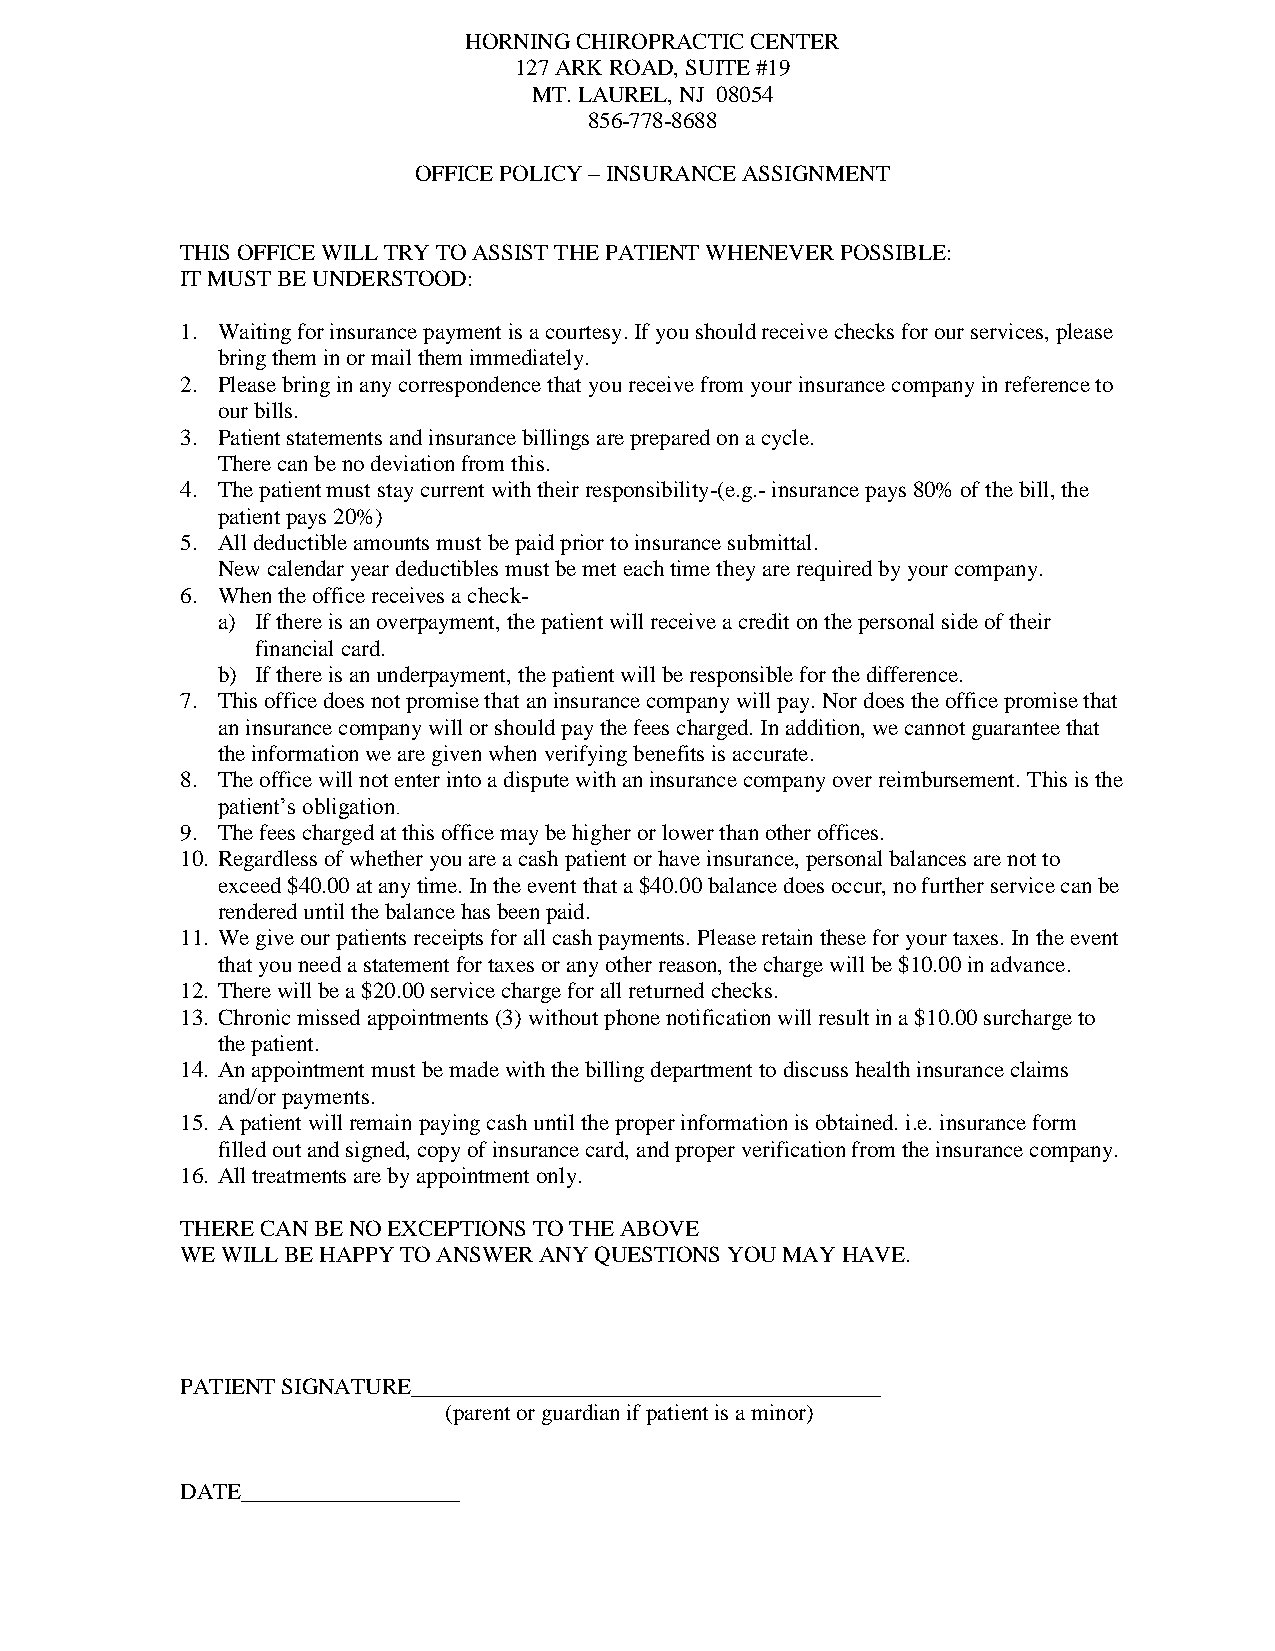
HORNING CHIROPRACTIC CENTER
 127 ARK ROAD, SUITE #19
 MT. LAUREL, NJ 08054
 856-778-8688
 OFFICE POLICY – INSURANCE ASSIGNMENT
 THIS OFFICE WILL TRY TO ASSIST THE PATIENT WHENEVER POSSIBLE:
 IT MUST BE UNDERSTOOD:
 1. Waiting for insurance payment is a courtesy. If you should receive checks for our services, please
 bring them in or mail them immediately.
 2. Please bring in any correspondence that you receive from your insurance company in reference to
 our bills.
 3. Patient statements and insurance billings are prepared on a cycle.
 There can be no deviation from this.
 4. The patient must stay current with their responsibility-(e.g.- insurance pays 80% of the bill, the
 patient pays 20%)
 5. All deductible amounts must be paid prior to insurance submittal.
 New calendar year deductibles must be met each time they are required by your company.
 6. When the office receives a check-
 a) If there is an overpayment, the patient will receive a credit on the personal side of their
 financial card.
 b) If there is an underpayment, the patient will be responsible for the difference.
 7. This office does not promise that an insurance company will pay. Nor does the office promise that
 an insurance company will or should pay the fees charged. In addition, we cannot guarantee that
 the information we are given when verifying benefits is accurate.
 8. The office will not enter into a dispute with an insurance company over reimbursement. This is the
 patient’s obligation.
 9. The fees charged at this office may be higher or lower than other offices.
 10. Regardless of whether you are a cash patient or have insurance, personal balances are not to
 exceed $40.00 at any time. In the event that a $40.00 balance does occur, no further service can be
 rendered until the balance has been paid.
 11. We give our patients receipts for all cash payments. Please retain these for your taxes. In the event
 that you need a statement for taxes or any other reason, the charge will be $10.00 in advance.
 12. There will be a $20.00 service charge for all returned checks.
 13. Chronic missed appointments (3) without phone notification will result in a $10.00 surcharge to
 the patient.
 14. An appointment must be made with the billing department to discuss health insurance claims
 and/or payments.
 15. A patient will remain paying cash until the proper information is obtained. i.e. insurance form
 filled out and signed, copy of insurance card, and proper verification from the insurance company.
 16. All treatments are by appointment only.
 THERE CAN BE NO EXCEPTIONS TO THE ABOVE
 WE WILL BE HAPPY TO ANSWER ANY QUESTIONS YOU MAY HAVE.
 PATIENT SIGNATURE_________________________________________
 (parent or guardian if patient is a minor)
 DATE___________________